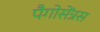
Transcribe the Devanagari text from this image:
पैगोसेंत्रस